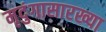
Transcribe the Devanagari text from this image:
मृदुंगासारख्या